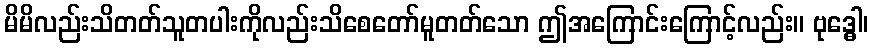
မိမိလည်းသိတတ်သူတပါးကိုလည်းသိစေတော်မူတတ်သော ဤအကြောင်းကြောင့်လည်း။ ဗုဒ္ဓေါ၊